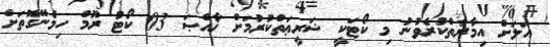
އަލަށް އިމާރާތްކުރެވުނު މި ކޯޓަކީ ޝަރީޢަތްކުރުމަށް ޚާއްޞަ 03 ކޯޓު ރޫމް ހިމެނޭގޮތަށް